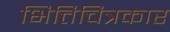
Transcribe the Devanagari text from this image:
भित्तिचित्रकार